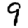
Digit: 9